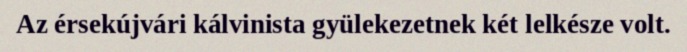
Az érsekújvári kálvinista gyülekezetnek két lelkésze volt.